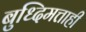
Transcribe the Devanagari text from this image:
बुध्दिमत्ताही